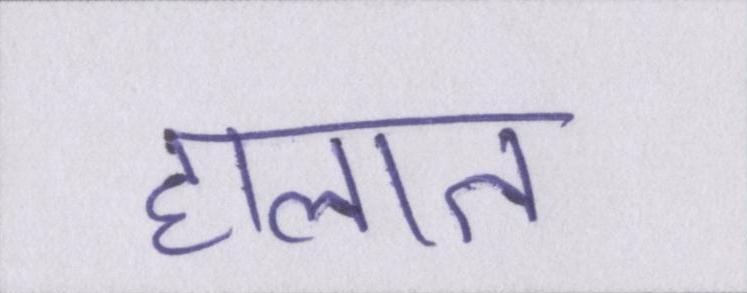
हालात